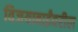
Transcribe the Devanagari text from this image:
विजयाबाईंवरील